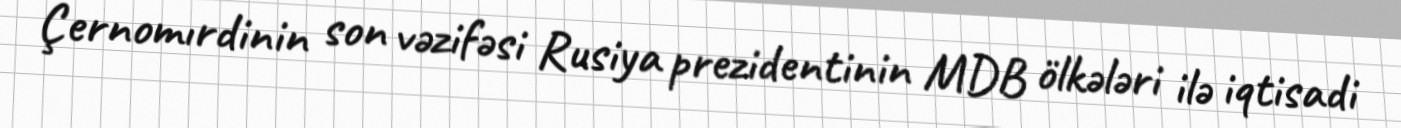
Çernomırdinin son vəzifəsi Rusiya prezidentinin MDB ölkələri ilə iqtisadi